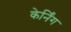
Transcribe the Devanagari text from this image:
केर्निंग